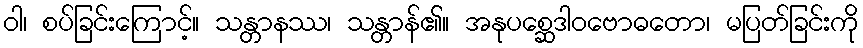
ဝါ၊ စပ်ခြင်းကြောင့်။ သန္တာနဿ၊ သန္တာန်၏။ အနုပစ္ဆေဒါဝဗောဓတော၊ မပြတ်ခြင်းကို